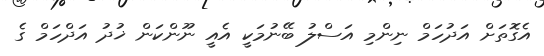
އެގޮތަށް އަދުހަމް ނިންމި އަސްލު ބޭނުމަކީ އެއީ ނޫންކަން ޚުދު އަދްހަމް ގެ